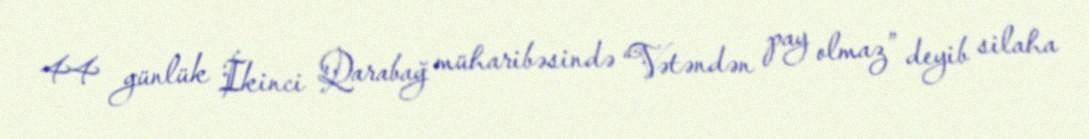
44 günlük İkinci Qarabağ müharibəsində “Vətəndən pay olmaz” deyib silaha